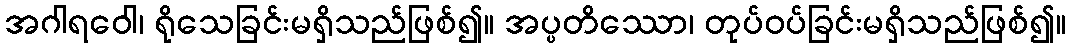
အဂါရဝေါ၊ ရိုသေခြင်းမရှိသည်ဖြစ်၍။ အပ္ပတိဿော၊ တုပ်ဝပ်ခြင်းမရှိသည်ဖြစ်၍။